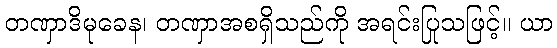
တဏှာဒိမုခေန၊ တဏှာအစရှိသည်ကို အရင်းပြုသဖြင့်။ ယာ